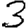
Digit: 3